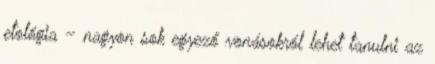
etológia – nagyon sok egyező vonásokról lehet tanulni az